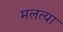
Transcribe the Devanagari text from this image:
मलत्या